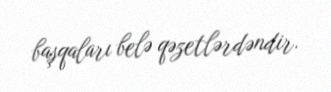
başqaları belə qəzetlərdəndir.